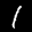
Label: 1